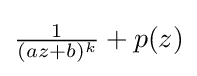
{\textstyle {\frac {1}{(az+b)^{k}}}+p(z)}